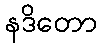
နဒိတော